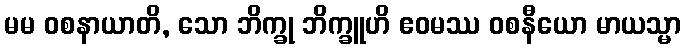
မမ ဝစနာယာတိ, သော ဘိက္ခု ဘိက္ခူဟိ ဧဝမဿ ဝစနီယော မာယသ္မာ